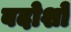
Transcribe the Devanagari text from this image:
बदोशों